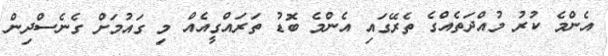
އެންމެ ކުރު މުއްދަތެއްގެ ތެރޭގައި އެންމެ ބޮޑު ތަރައްގީއެއް މި ގައުމަށް ގެނެސްދިން